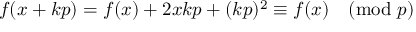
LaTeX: f ( x + k p ) = f ( x ) + 2 x k p + ( k p ) ^ { 2 } \equiv f ( x ) { \pmod { p } }